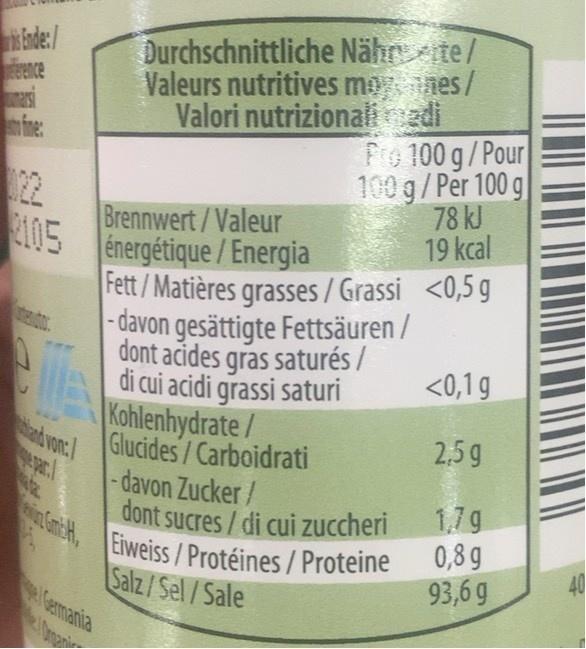
isade:/ ence asi fine:
Durchschnittliche Nährite/ Valeurs nutritives mones/ Valori nutrizionalidi Fo 100 g/Pour 100 g/Per 100 g 78 kJ 19kcal
22 E105
Brennwert/Valeur énergétique/Energia
Fett /Matières grasses/ Grassi <0,5 g
|- davon gesättigte Fettsäuren / endtor
dont acides gras saturés /
<0,1g
di cui acidi grassi saturi Kohlenhydrate/
Glucides/Carboidrati tad von:
2,5g
-davon Zucker/
1,79 0,8 g 93,6 g
in GantcH,
dont sucres / di cui zuccheri
Eiweiss/Protéines / Proteine Salz/Sel/Sale
40
Gemania
0nani